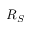
R _ { S }